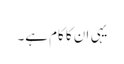
یہی ان کا کام ہے۔